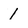
Character: 1